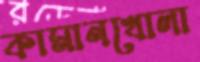
কামানখোলা